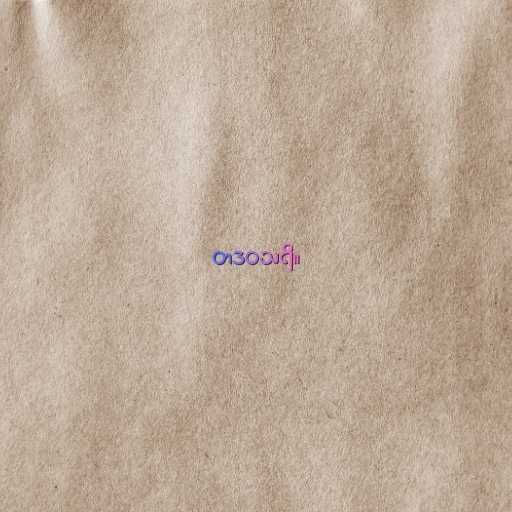
တဒဝသရိ။